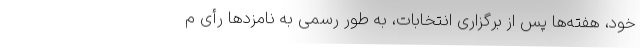
خود، هفته‌ها پس از برگزاری انتخابات، به طور رسمی به نامزدها رأی م